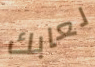
لعابك